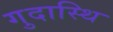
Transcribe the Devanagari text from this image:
गुदास्थि